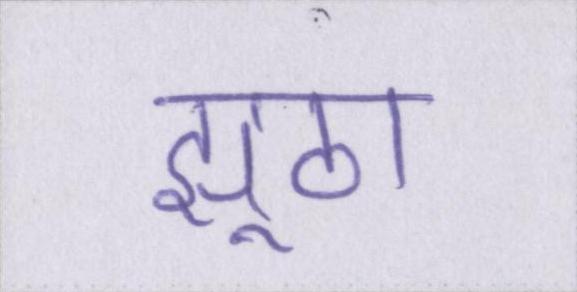
झूठा